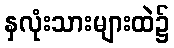
နှလုံးသားများထဲ၌